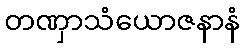
တဏှာသံယောဇနာနံ